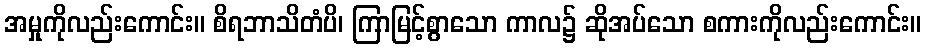
အမှုကိုလည်းကောင်း။ စိရဘာသိတံပိ၊ ကြာမြင့်စွာသော ကာလ၌ ဆိုအပ်သော စကားကိုလည်းကောင်း။